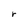
Character: r